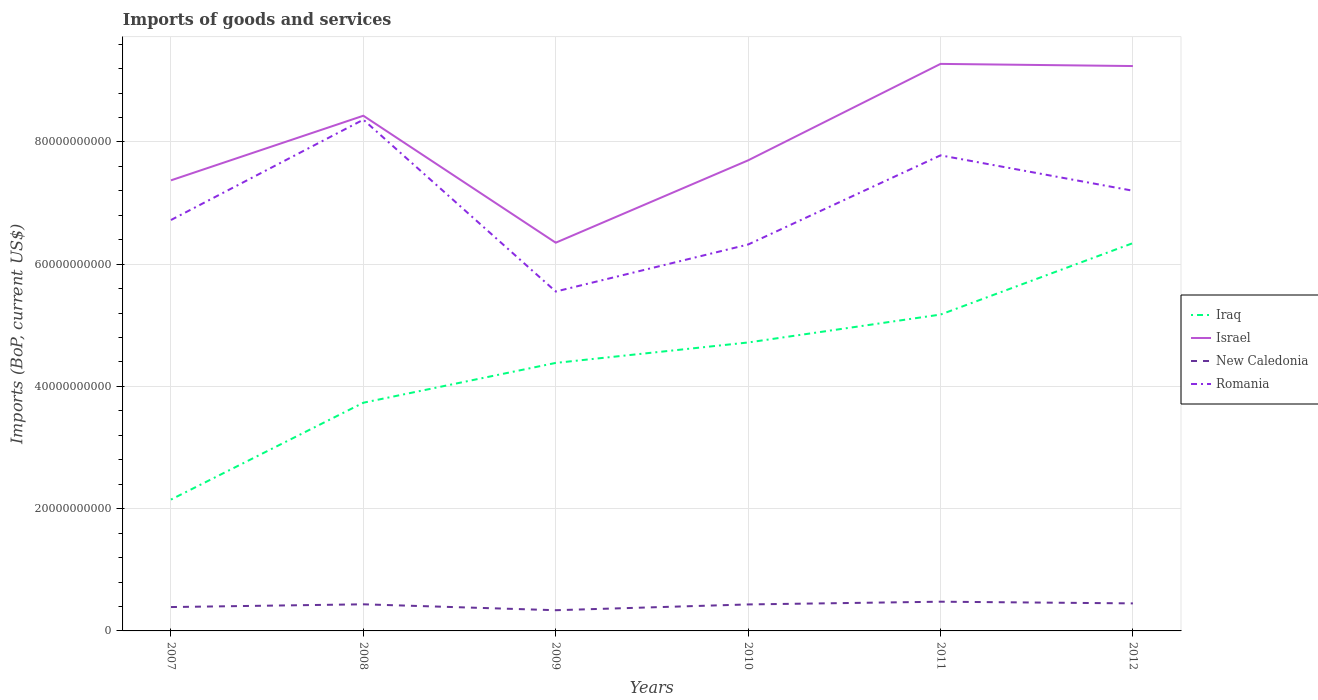
| Years | Iraq | Israel | New Caledonia | Romania |
 | --- | --- | --- | --- | --- |
 | 2007 | 2.15e+10 | 7.37e+10 | 3.9e+09 | 6.72e+10 |
 | 2008 | 3.73e+10 | 8.43e+10 | 4.35e+09 | 8.36e+10 |
 | 2009 | 4.38e+10 | 6.35e+10 | 3.39e+09 | 5.55e+10 |
 | 2010 | 4.72e+10 | 7.7e+10 | 4.33e+09 | 6.32e+10 |
 | 2011 | 5.18e+10 | 9.28e+10 | 4.78e+09 | 7.78e+10 |
 | 2012 | 6.34e+10 | 9.24e+10 | 4.5e+09 | 7.2e+10 |